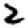
Digit: 2